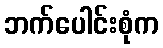
ဘက်ပေါင်းစုံက